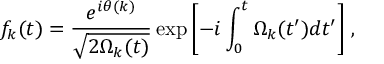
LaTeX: f _ { k } ( t ) = \frac { e ^ { i \theta ( k ) } } { \sqrt { 2 \Omega _ { k } ( t ) } } \exp \left[ - i \int _ { 0 } ^ { t } \Omega _ { k } ( t ^ { \prime } ) d t ^ { \prime } \right] \, ,